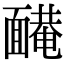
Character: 𩈿